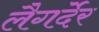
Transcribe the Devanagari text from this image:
लैगर्देर